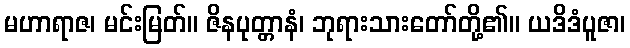
မဟာရာဇ၊ မင်းမြတ်။ ဇိနပုတ္တာနံ၊ ဘုရားသားတော်တို့၏။ ယဒိဒံပူဇာ၊